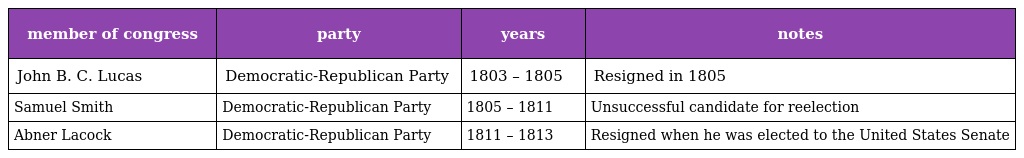
| member of congress | party | years | notes |
 | --- | --- | --- | --- |
 | John B. C. Lucas | Democratic-Republican Party | 1803 – 1805 | Resigned in 1805 |
 | Samuel Smith | Democratic-Republican Party | 1805 – 1811 | Unsuccessful candidate for reelection |
 | Abner Lacock | Democratic-Republican Party | 1811 – 1813 | Resigned when he was elected to the United States Senate |